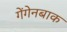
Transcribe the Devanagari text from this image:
गेंगेनबाक